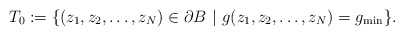
\begin{align*}T_0 := \{ (z_1,z_2,\dots,z_N) \in \partial B \ |\ g(z_1,z_2,\dots,z_N) =g_{\min} \}.\end{align*}